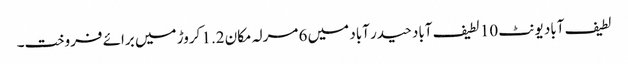
لطیف آباد یونٹ 10 لطیف آباد حیدر آباد میں 6 مرلہ مکان 1.2 کروڑ میں برائے فروخت۔